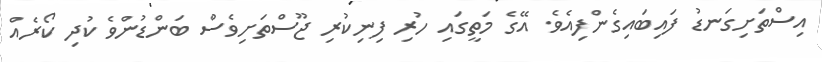
އިސްތަށިގަނޑު ފައިބައިގެންފިއެވެ. އޭގެ މަތީގައި ހުރި ފިނިކުރި ޖޫސްތަށިވެސް ބަންޑުންވެ ކުދި ކޯރެއް